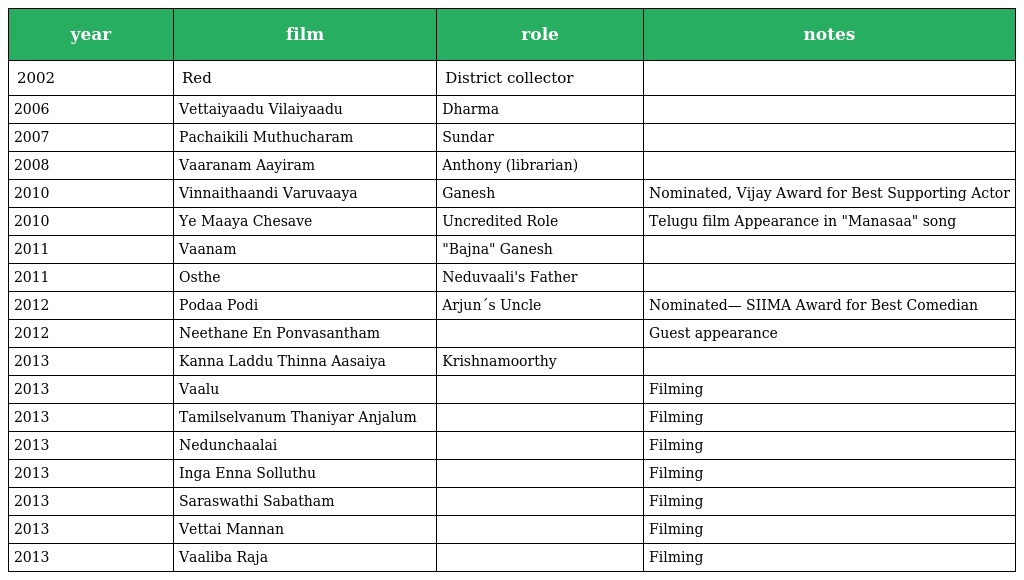
| year | film | role | notes |
 | --- | --- | --- | --- |
 | 2002 | Red | District collector |  |
 | 2006 | Vettaiyaadu Vilaiyaadu | Dharma |  |
 | 2007 | Pachaikili Muthucharam | Sundar |  |
 | 2008 | Vaaranam Aayiram | Anthony (librarian) |  |
 | 2010 | Vinnaithaandi Varuvaaya | Ganesh | Nominated, Vijay Award for Best Supporting Actor |
 | 2010 | Ye Maaya Chesave | Uncredited Role | Telugu film Appearance in "Manasaa" song |
 | 2011 | Vaanam | "Bajna" Ganesh |  |
 | 2011 | Osthe | Neduvaali's Father |  |
 | 2012 | Podaa Podi | Arjun´s Uncle | Nominated— SIIMA Award for Best Comedian |
 | 2012 | Neethane En Ponvasantham |  | Guest appearance |
 | 2013 | Kanna Laddu Thinna Aasaiya | Krishnamoorthy |  |
 | 2013 | Vaalu |  | Filming |
 | 2013 | Tamilselvanum Thaniyar Anjalum |  | Filming |
 | 2013 | Nedunchaalai |  | Filming |
 | 2013 | Inga Enna Solluthu |  | Filming |
 | 2013 | Saraswathi Sabatham |  | Filming |
 | 2013 | Vettai Mannan |  | Filming |
 | 2013 | Vaaliba Raja |  | Filming |